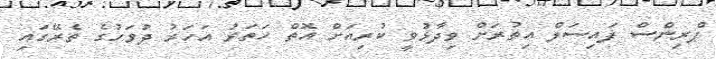
ޕްރިންސް ފައިސަލް އިތުރަށް ވިދާޅުވީ ކުރިއަށް އޮތް ހަތަރު އަަހަރު ދުވަހުގެ ތެރޭގައި